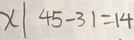
x \vert 4 5 - 3 1 = 1 4